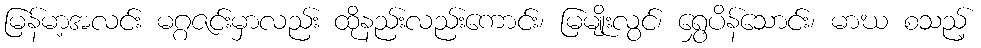
မြန်မာ့အလင်း မဂ္ဂဇင်းမှာလည်း ထိုနည်းလည်းကောင်း၊ မြမျိုးလွင်၊ ရွှေပိန်သောင်း၊ မာဃ စသည့်